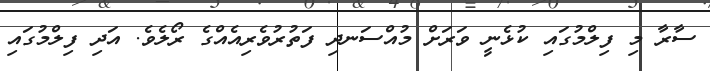
ސާރާ މި ފިލްމުގައި ކުޅެނީ ވަރަށް މުއްސަނދި ފަތުރުވެރިއެއްގެ ރޯލެވެ. އަދި ފިލްމުގައި